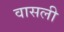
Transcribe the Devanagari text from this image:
वासली